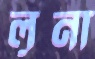
লূনা